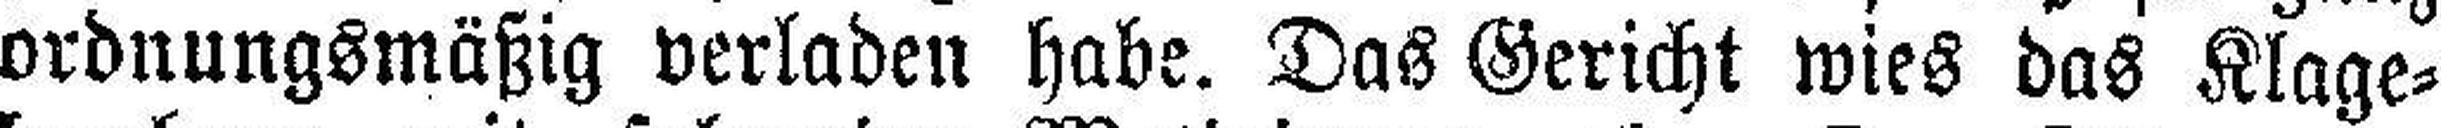
ordnungsmäßig verladen habe. Das Gericht wies das Klage¬